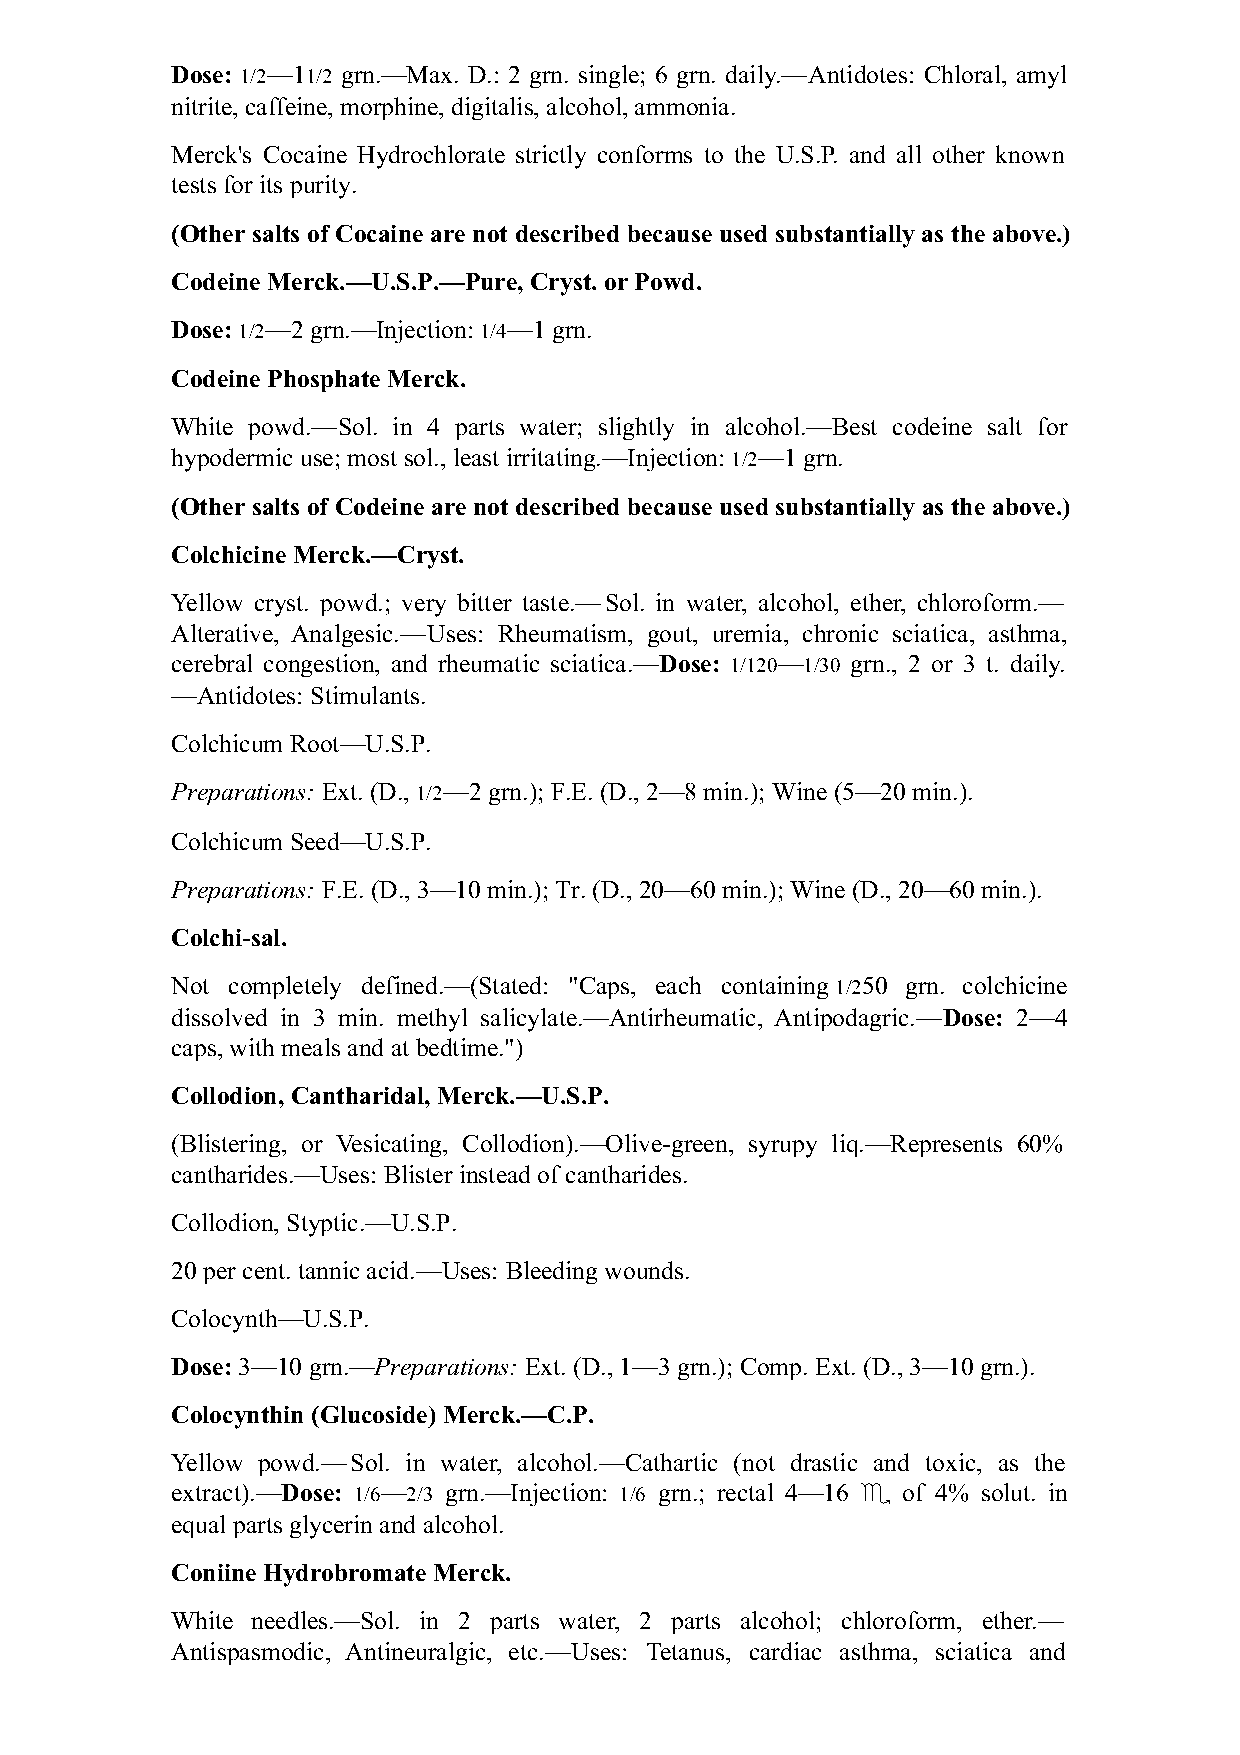
Dose: 1/2—11/2 grn.—Max. D.: 2 grn. single; 6 grn. daily.—Antidotes: Chloral, amyl
 nitrite, caffeine, morphine, digitalis, alcohol, ammonia.
 Merck's Cocaine Hydrochlorate strictly conforms to the U.S.P. and all other known
 tests for its purity.
 (Other salts of Cocaine are not described because used substantially as the above.)
 Codeine Merck.—U.S.P.—Pure, Cryst. or Powd.
 Dose: 1/2—2 grn.—Injection: 1/4—1 grn.
 Codeine Phosphate Merck.
 White powd.—Sol. in 4 parts water; slightly in alcohol.—Best codeine salt for
 hypodermic use; most sol., least irritating.—Injection: 1/2—1 grn.
 (Other salts of Codeine are not described because used substantially as the above.)
 Colchicine Merck.—Cryst.
 Yellow cryst. powd.; very bitter taste.—Sol. in water, alcohol, ether, chloroform.—
 Alterative, Analgesic.—Uses: Rheumatism, gout, uremia, chronic sciatica, asthma,
 cerebral congestion, and rheumatic sciatica.—Dose: 1/120—1/30 grn., 2 or 3 t. daily.
 —Antidotes: Stimulants.
 Colchicum Root—U.S.P.
 Preparations: Ext. (D., 1/2—2 grn.); F.E. (D., 2—8 min.); Wine (5—20 min.).
 Colchicum Seed—U.S.P.
 Preparations: F.E. (D., 3—10 min.); Tr. (D., 20—60 min.); Wine (D., 20—60 min.).
 Colchi-sal.
 Not completely defined.—(Stated: "Caps, each containing 1/250 grn. colchicine
 dissolved in 3 min. methyl salicylate.—Antirheumatic, Antipodagric.—Dose: 2—4
 caps, with meals and at bedtime.")
 Collodion, Cantharidal, Merck.—U.S.P.
 (Blistering, or Vesicating, Collodion).—Olive-green, syrupy liq.—Represents 60%
 cantharides.—Uses: Blister instead of cantharides.
 Collodion, Styptic.—U.S.P.
 20 per cent. tannic acid.—Uses: Bleeding wounds.
 Colocynth—U.S.P.
 Dose: 3—10 grn.—Preparations: Ext. (D., 1—3 grn.); Comp. Ext. (D., 3—10 grn.).
 Colocynthin (Glucoside) Merck.—C.P.
 Yellow powd.—Sol. in water, alcohol.—Cathartic (not drastic and toxic, as the
 extract).—Dose: 1/6—2/3 grn.—Injection: 1/6 grn.; rectal 4—16 ♏ of 4% solut. in
 equal parts glycerin and alcohol.
 Coniine Hydrobromate Merck.
 White needles.—Sol. in 2 parts water, 2 parts alcohol; chloroform, ether.—
 Antispasmodic, Antineuralgic, etc.—Uses: Tetanus, cardiac asthma, sciatica and